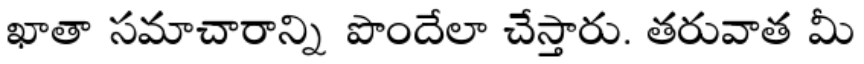
ఖాతా సమాచారాన్ని పొందేలా చేస్తారు. తరువాత మీ